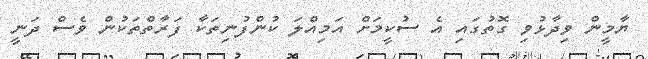
ޔާމީން ވިދާޅުވި ގޮތުގައި އެ ސުކީމަށް އަމިއްލަ ކުންފުނިތަކާ ފަރާތްތަކުން ވެސް ދަނީ